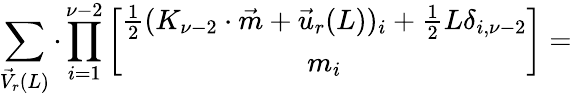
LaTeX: \sum_{\vec{V}_{r}(L)}\cdot\prod_{i=1}^{\nu-2}\left[\begin{array}{c}{{\frac{1}{2}(K_{\nu-2}\cdot\vec{m}+\vec{u}_{r}(L))_{i}+\frac{1}{2}L\delta_{i,\nu-2}}}\\ {{m_{i}}}\end{array}\right]=